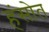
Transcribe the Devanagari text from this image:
हंसोत